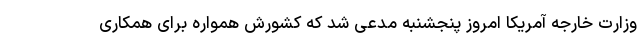
وزارت خارجه آمریکا امروز پنجشنبه مدعی شد که کشورش همواره برای همکاری